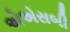
એએસબી